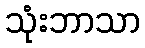
သုံးဘာသာ